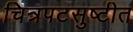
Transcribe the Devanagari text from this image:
चित्रपटसुष्टीत